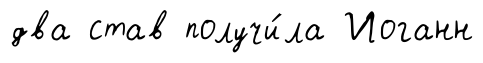
два став получи́ла Иоганн